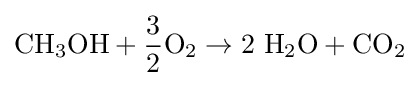
\mathrm {CH_{3}OH+{\frac {3}{2}}O_{2}\to 2\ H_{2}O+CO_{2}}